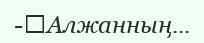
-	Алжанның...